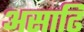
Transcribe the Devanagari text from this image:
असाढि